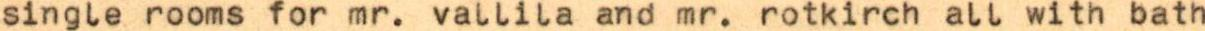
single rooms for mr. vallila and mr. rotkirch all with bath